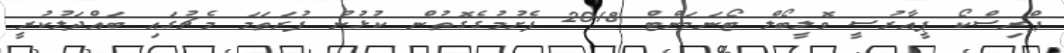
ޕްރިސްކޯ ޕީއާރުސީ ވޮލީބޯލް ޓޯނަމަންޓް 2018 ފެށުމުގެގޮތުން ކުޅުނު ފުރަތަމަ މެޗުގައި ބައްދަލުކުރީ